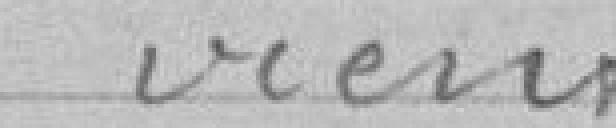
vient